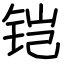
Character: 铠